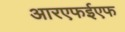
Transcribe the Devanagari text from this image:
आरएफईएफ